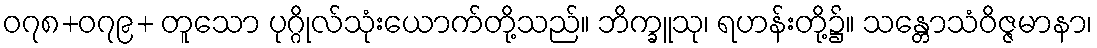
၀၇၈+၀၇၉+ တူသော ပုဂ္ဂိုလ်သုံးယောက်တို့သည်။ ဘိက္ခူသု၊ ရဟန်းတို့၌။ သန္တောသံဝိဇ္ဇမာနာ၊